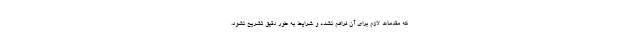
که مقدمات لازم برای آن فراهم نشده و شرایط به طور دقیق تشریح نشود،